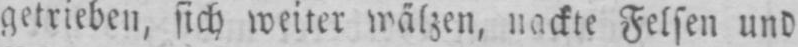
getrieben, sich weiter wälzen, nackte Felsen und